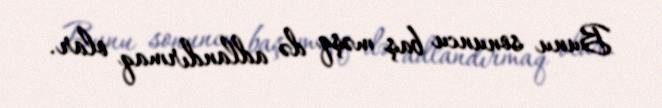
Bunu sonuncu baş məşq də adlandırmaq olar.